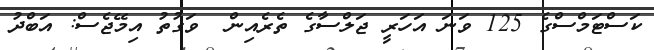
ކަސްޓަމްސްގެ 125 ވަނަ އަހަރީ ޖަލްސާގެ ތެރެއިން  ވަގުތު އިމޭޖެސް: އަބްދު